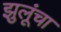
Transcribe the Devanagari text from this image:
झुलूंचा